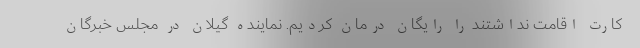
کارت اقامت نداشتند را رایگان درمان کردیم. نماینده گیلان در مجلس خبرگان